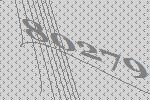
80279